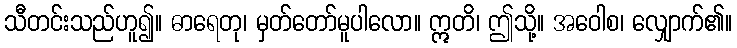
သီတင်းသည်ဟူ၍။ ဓာရေတု၊ မှတ်တော်မူပါလော။ ဣတိ၊ ဤသို့။ အဝေါစ၊ လျှောက်၏။